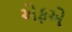
એફએ